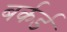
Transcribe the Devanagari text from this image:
बर्कर्ड